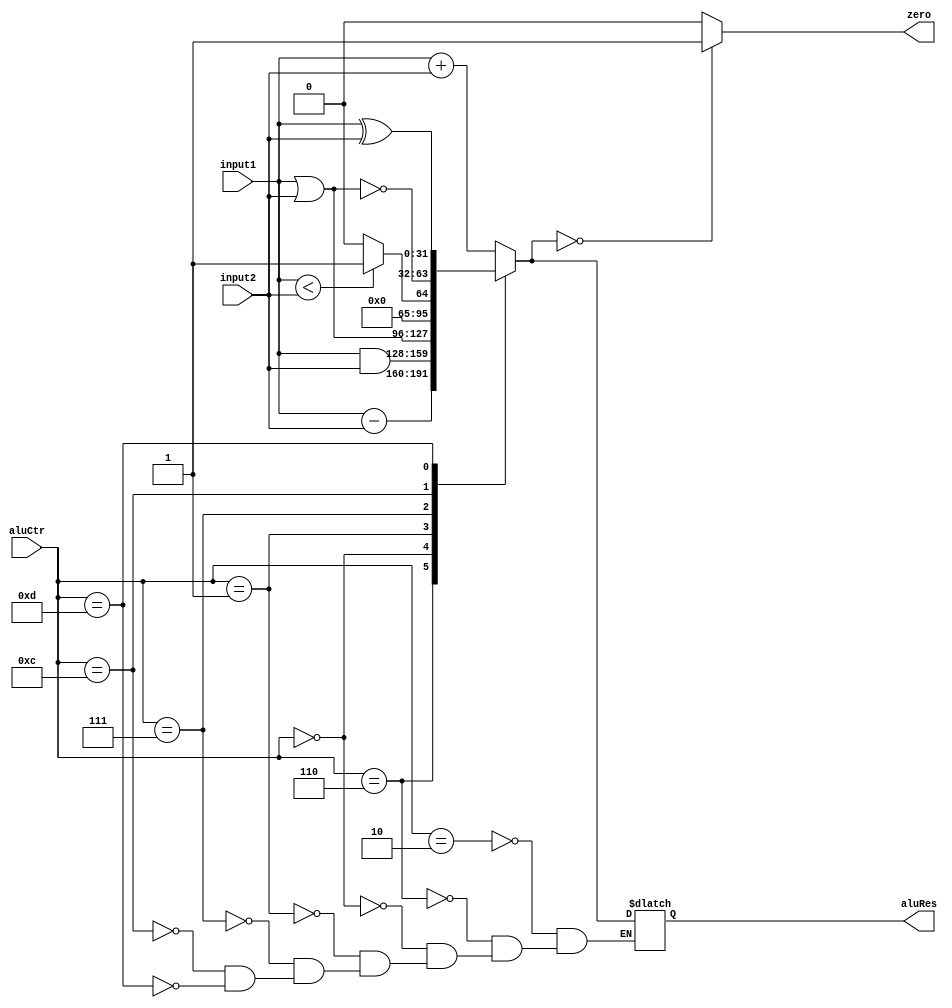
`timescale 1ns / 1ps
//////////////////////////////////////////////////////////////////////////////////
// Company: 
// Engineer: 
// 
// Design Name: 
// Module Name: ALU
// Project Name: 
// Target Devices: 
// Tool Versions: 
// Description: 
// 
// Dependencies: 
// 
// Revision:
// Revision 0.01 - File Created
// Additional Comments:
// 
//////////////////////////////////////////////////////////////////////////////////


module ALU(input1, input2, aluCtr, zero, aluRes);
    input [31:0] input1;
    input [31:0] input2;
    input [3:0] aluCtr;
    output zero;
    output [31:0] aluRes;

    reg Zero;
    reg [31:0] AluRes;
    
    always @ (input1 or input2 or aluCtr)
    begin
        case (aluCtr)
            4'b0010: AluRes = input1 + input2; //add
            4'b0110: AluRes = input1 - input2; //subtract
            4'b0000: AluRes = input1 & input2; //and
            4'b0001: AluRes = input1 | input2; //or
            //4'b0011: AluRes = input2 << input1; //sll
            //4'b0100: AluRes = input2 >> input1; //srl
            4'b0111: //slt
            begin
                if (input1 < input2)
                    AluRes = 1;
                else
                    AluRes = 0;
            end
            4'b1100: begin
                AluRes = ~(input1 | input2); //nor
            end
            4'b1101: begin
                AluRes = input1 ^ input2; //xor
            end
        endcase
        if (AluRes == 0)
            Zero = 1;
        else 
            Zero = 0;
    end
    assign zero = Zero;
    assign aluRes = AluRes;
endmodule